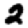
Digit: 2